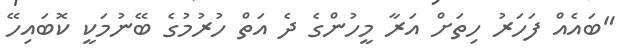
"ބައެއް ފަހަރު ހިތަށް އަރާ މީހުންގެ ދެ އަތް ހުރުމުގެ ބޭނުމަކީ ކޮބައިހޭ